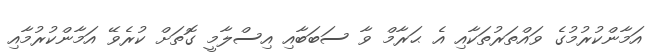
އަމާންކުރުމުގެ ވައްތަރުތަކާއި އެ ޙަރާމް ވާ ސަބަބާއި އިސްލާމީ ގޮތަށް ކުރެވޭ އަމާންކުރުމާއި